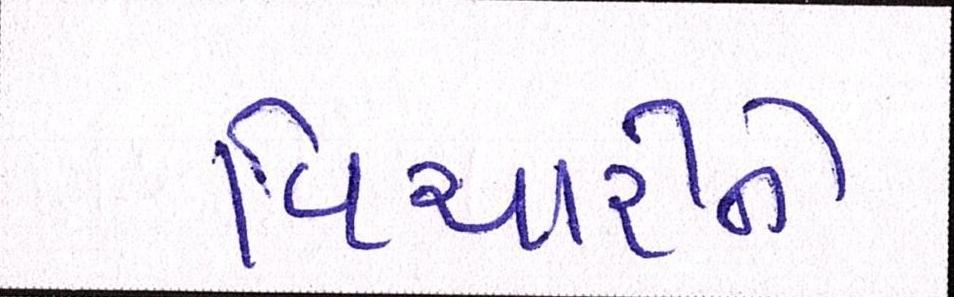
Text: વિચારીને